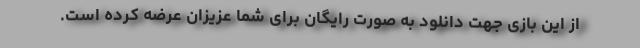
از این بازی جهت دانلود به صورت رایگان برای شما عزیزان عرضه کرده است.